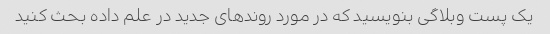
یک پست وبلاگی بنویسید که در مورد روندهای جدید در علم داده بحث کنید